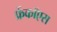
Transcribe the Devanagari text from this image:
फ्रेंकॉएस